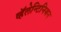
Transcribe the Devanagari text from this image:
व्हॅलेन्टिनियन